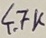
Text: 4.7K